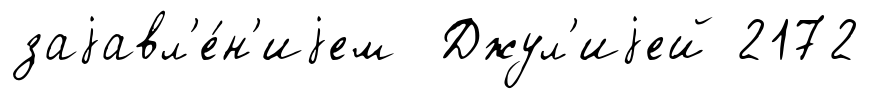
заjавл'е́н'иjем Джул'иjей 2172